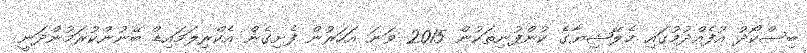
ބިސްކޯދު އުފެއްދުމުގައި މެލޭޝިޔާގެ ކުންފުނިތަކުން 2015 ވަނަ އަހަރުން ފެށިގެން އެކްރިލަމައިޑް ބޭނުންކުރަމުންދަނީ